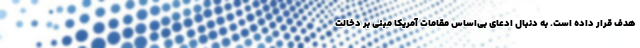
هدف قرار داده است. به دنبال ادعای بی‌اساس مقامات آمریکا مبنی بر دخالت